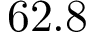
6 2 . 8